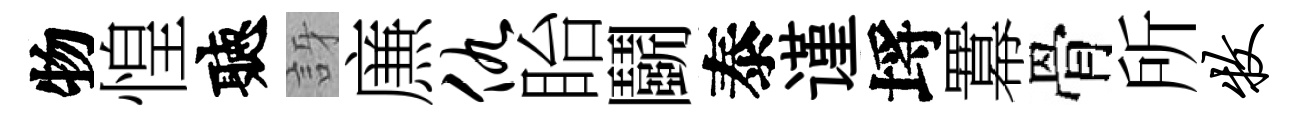
物惶聽訝㢘仇眙鬬泰谨埓羃骨所牧